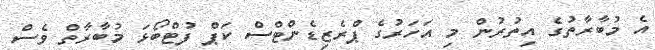
އެ މުބާރާތުގެ އިތުރުން މި އަހަރުގެ ޕްރެޒިޑެންޓްސް ކަޕް ފުޓްބޯޅަ މުބާރާތް ވެސް